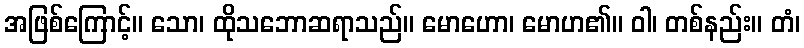
အဖြစ်ကြောင့်။ သော၊ ထိုသဘောဆရာသည်။ မောဟော၊ မောဟ၏။ ဝါ၊ တစ်နည်း။ တံ၊